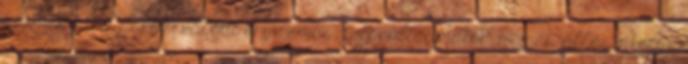
krémes pite, párok, valódi orgazmus, tetovált, amatőr, német, állásinterju,